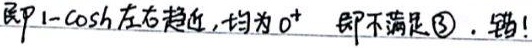
即\(1 - \cosh\)左右趋近，均为\(0^{+}\) 即不满足\textcircled{3}. 错！